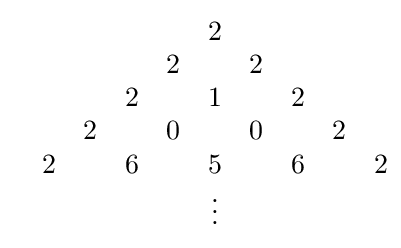
{\begin{matrix}&&&&&2&&&&\\&&&&2&&2&&&\\&&&2&&1&&2&&\\&&2&&0&&0&&2&\\&2&&6&&5&&6&&2\\&&&&&\vdots &&&&\\\end{matrix}}